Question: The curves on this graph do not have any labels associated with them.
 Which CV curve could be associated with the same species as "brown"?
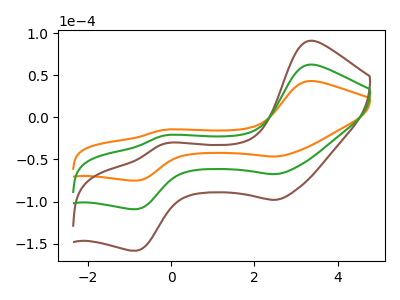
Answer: <think>The orange curve "orange" has anodic peaks at (3.30V, 43.10uA) (-0.20V, -15.00uA) and cathodic peaks at (2.50V, -46.45uA) (-0.80V, -75.10uA). The brown curve "brown" has anodic peaks at (3.30V, 125.10uA) (-0.20V, -43.50uA) and cathodic peaks at (2.50V, -134.80uA) (-0.80V, -217.95uA). The green curve "green" has anodic peaks at (3.30V, 62.55uA) (-0.20V, -21.75uA) and cathodic peaks at (2.50V, -67.40uA) (-0.80V, -109.00uA).
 All the peaks in "orange" have a peak in "brown" at the same potential. All the peaks in "orange" have a peak in "green" at the same potential. All the peaks in "brown" have a peak in "green" at the same potential.</think>
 <answer>"brown" and "green" have a similar shape to "orange".</answer>
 <eval>"brown" "green"</eval>